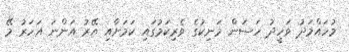
މުހައްމަދު ވަހީދު ހަސަން މަނިކުގެ ވެރިކަމުގައި ކަމަށާއި އޭރު އަންނަ އަހަރު މޭ